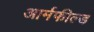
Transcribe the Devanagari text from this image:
आर्मफील्ड